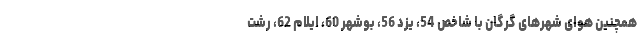
همچنین هوای شهرهای گرگان با شاخص 54، یزد 56، بوشهر 60، ایلام 62، رشت